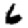
Digit: 6